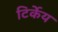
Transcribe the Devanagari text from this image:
टिर्केय